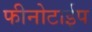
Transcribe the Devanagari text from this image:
फीनोटाईप